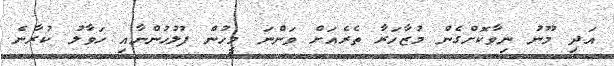
އަދި މޫނު ނިވާކޮށްގެން މުޒާހަރާ ތެރެއަށް ވަންނަ މީހުން ފުލުހުންނާއި ހަވާލު ކުރާނެ